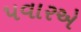
પવારએ